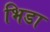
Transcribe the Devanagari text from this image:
भिडा